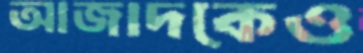
আজাদকেও